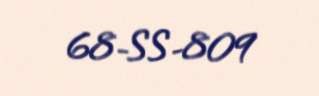
68-SS-809